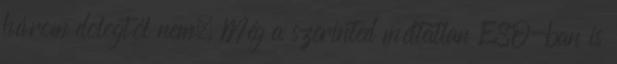
három dologtól nem. Még a szerinted méltatlan ESO-ban is